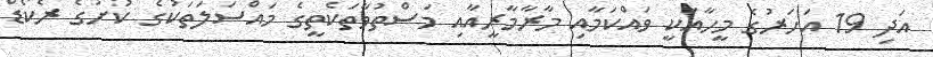
އަދި 19 އަހަރުގެ މީހާއަކީ ވައްކަމާއި މާރާމާރީއާއި މަސްތުވާތަކެތީގެ މައްސަލަތަކުގެ ކުށުގެ ރެކޯޑް